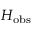
H _ { \mathrm { o b s } }